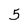
Character: 5